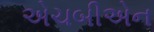
એચબીએન